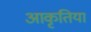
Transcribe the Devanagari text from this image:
आकृतिया